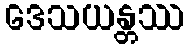
ဒေသယန္တဿ